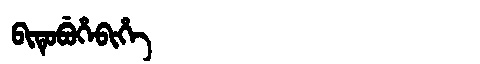
Manchu: ᠪᡳᡨᡠᠪᡠᡥᡝᠪᡳᡥᡝ
Romanization: BITUBUHEBIHE